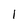
Character: 1